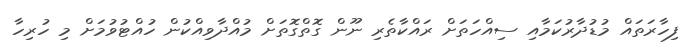
ފިހާރަތައް މުޑުދާރުކަމާއި ސިއްހަތަށް ރައްކާތެރި ނޫން ގޮތްގޮތަށް މުއްދާވިއްކުން ހުއްޓުވުމަށް މި ހުރިހާ